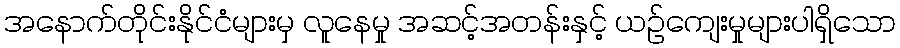
အနောက်တိုင်းနိုင်ငံများမှ လူနေမှု အဆင့်အတန်းနှင့် ယဉ်ကျေးမှုများပါရှိသော